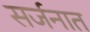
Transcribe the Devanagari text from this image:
सर्जनात